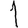
Digit: 1